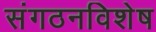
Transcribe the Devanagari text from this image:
संगठनविशेष